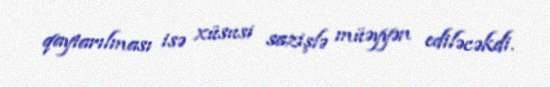
qaytarılması isə xüsusi sazişlə müəyyən ediləcəkdi.